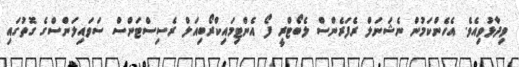
ވިދާޅުވިއެވެ. އެހެންކަމުން ނެޝަނަލް ރެފަރެންސް ލެބޯޓްރީ ފޯ އެންޓިމައިކްރޯބިއަލް ރެސިސްޓަންސް ސަވައިލަންސްގެ ގޮތުގައި